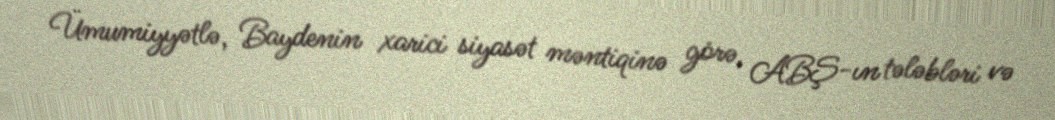
Ümumiyyətlə, Baydenin xarici siyasət məntiqinə görə, ABŞ-ın tələbləri və